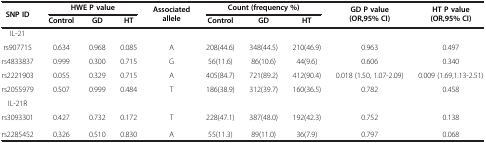
| <ROWSPAN=2> SNP ID | <COLSPAN=3> HWE P value | <ROWSPAN=2> Associated allele | <COLSPAN=3> Count (frequency %) | <ROWSPAN=2> GD P value (OR,95% CI) | <ROWSPAN=2> HT P value (OR,95% CI) |
 | Control | GD | HT | Control | GD | HT |
 | --- | --- | --- | --- | --- | --- | --- | --- | --- | --- |
 | IL-21 |  |  |  |  |  |  |  |  |  |
 | rs907715 | 0.634 | 0.968 | 0.085 | A | 208(44.6) | 348(44.5) | 210(46.9) | 0.963 | 0.497 |
 | rs4833837 | 0.999 | 0.300 | 0.715 | G | 56(11.6) | 86(10.6) | 44(9.6) | 0.606 | 0.340 |
 | rs2221903 | 0.055 | 0.329 | 0.715 | A | 405(84.7) | 721(89.2) | 412(90.4) | 0.018 (1.50, 1.07-2.09) | 0.009 (1.69,1.13-2.51) |
 | rs2055979 | 0.507 | 0.999 | 0.484 | T | 186(38.9) | 312(39.7) | 160(36.5) | 0.782 | 0.458 |
 | IL-21R |  |  |  |  |  |  |  |  |  |
 | rs3093301 | 0.427 | 0.732 | 0.172 | T | 228(47.1) | 387(48.0) | 192(42.3) | 0.752 | 0.138 |
 | rs2285452 | 0.326 | 0.510 | 0.830 | A | 55(11.3) | 89(11.0) | 36(7.9) | 0.797 | 0.068 |